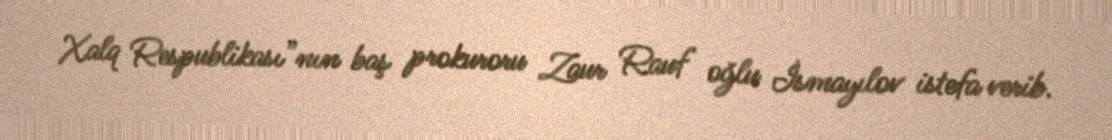
Xalq Respublikası”nın baş prokuroru Zaur Rauf oğlu İsmayılov istefa verib.